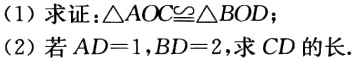
(1) 求证：\(\triangle AOC\cong\triangle BOD\)；
(2) 若 \(AD = 1\)，\(BD = 2\)，求 \(CD\) 的长.